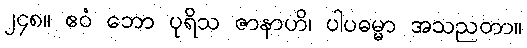
၂၄၈။ ဧဝံ ဘော ပုရိသ ဇာနာဟိ၊ ပါပဓမ္မာ အသညတာ။